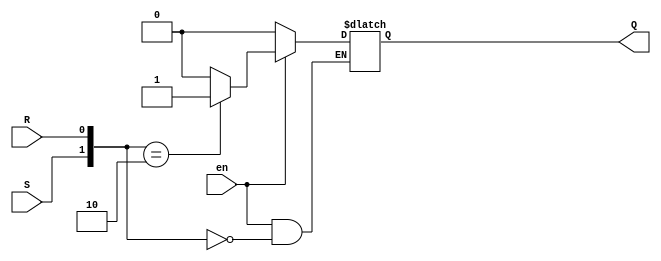
`timescale 1ns / 1ps

module SR_latch(en,S,R,Q);
input en,S,R;
output reg Q;

always @(en or S or R) begin
if(en)
case({S,R})
2'b00:Q<=Q;
2'b01:Q<=1'b0;
2'b10:Q<=1'b1;
2'b11:Q<=1'bx;
endcase
else 
Q<=1'b0;
end
endmodule